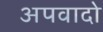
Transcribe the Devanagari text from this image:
अपवादो